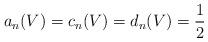
LaTeX: \begin{align*} a_n(V) = c_n(V) = d_n(V) = \frac{1}{2}\quad\end{align*}